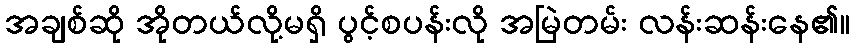
အချစ်ဆို အိုတယ်လို့မရှိ ပွင့်စပန်းလို အမြဲတမ်း လန်းဆန်းနေ၏။